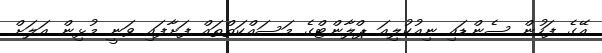
އޭގެ ފަހުން ސެންޑައި ނިއުކުލިއަ ޕްލާންޓްގެ މަސައްކަތްތައް ފަށާފައި ވަނީ މުޅިން އަލަށް